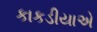
કાકડીયાએ